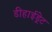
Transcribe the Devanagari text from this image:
डीहाईड्रेट